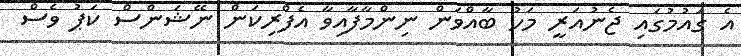
އެ ގައުމުގައި ޖެނުއަރީ މަހު ބާއްވަން ނިންމާފާއިވާ އެފްރިކަން ނޭޝަންސް ކަޕު ވެސް